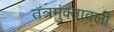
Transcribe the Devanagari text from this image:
तत्रमुंक्तावली